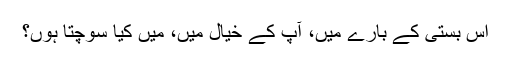
اس بستی کے بارے میں، آپ کے خیال میں، میں کیا سوچتا ہوں؟